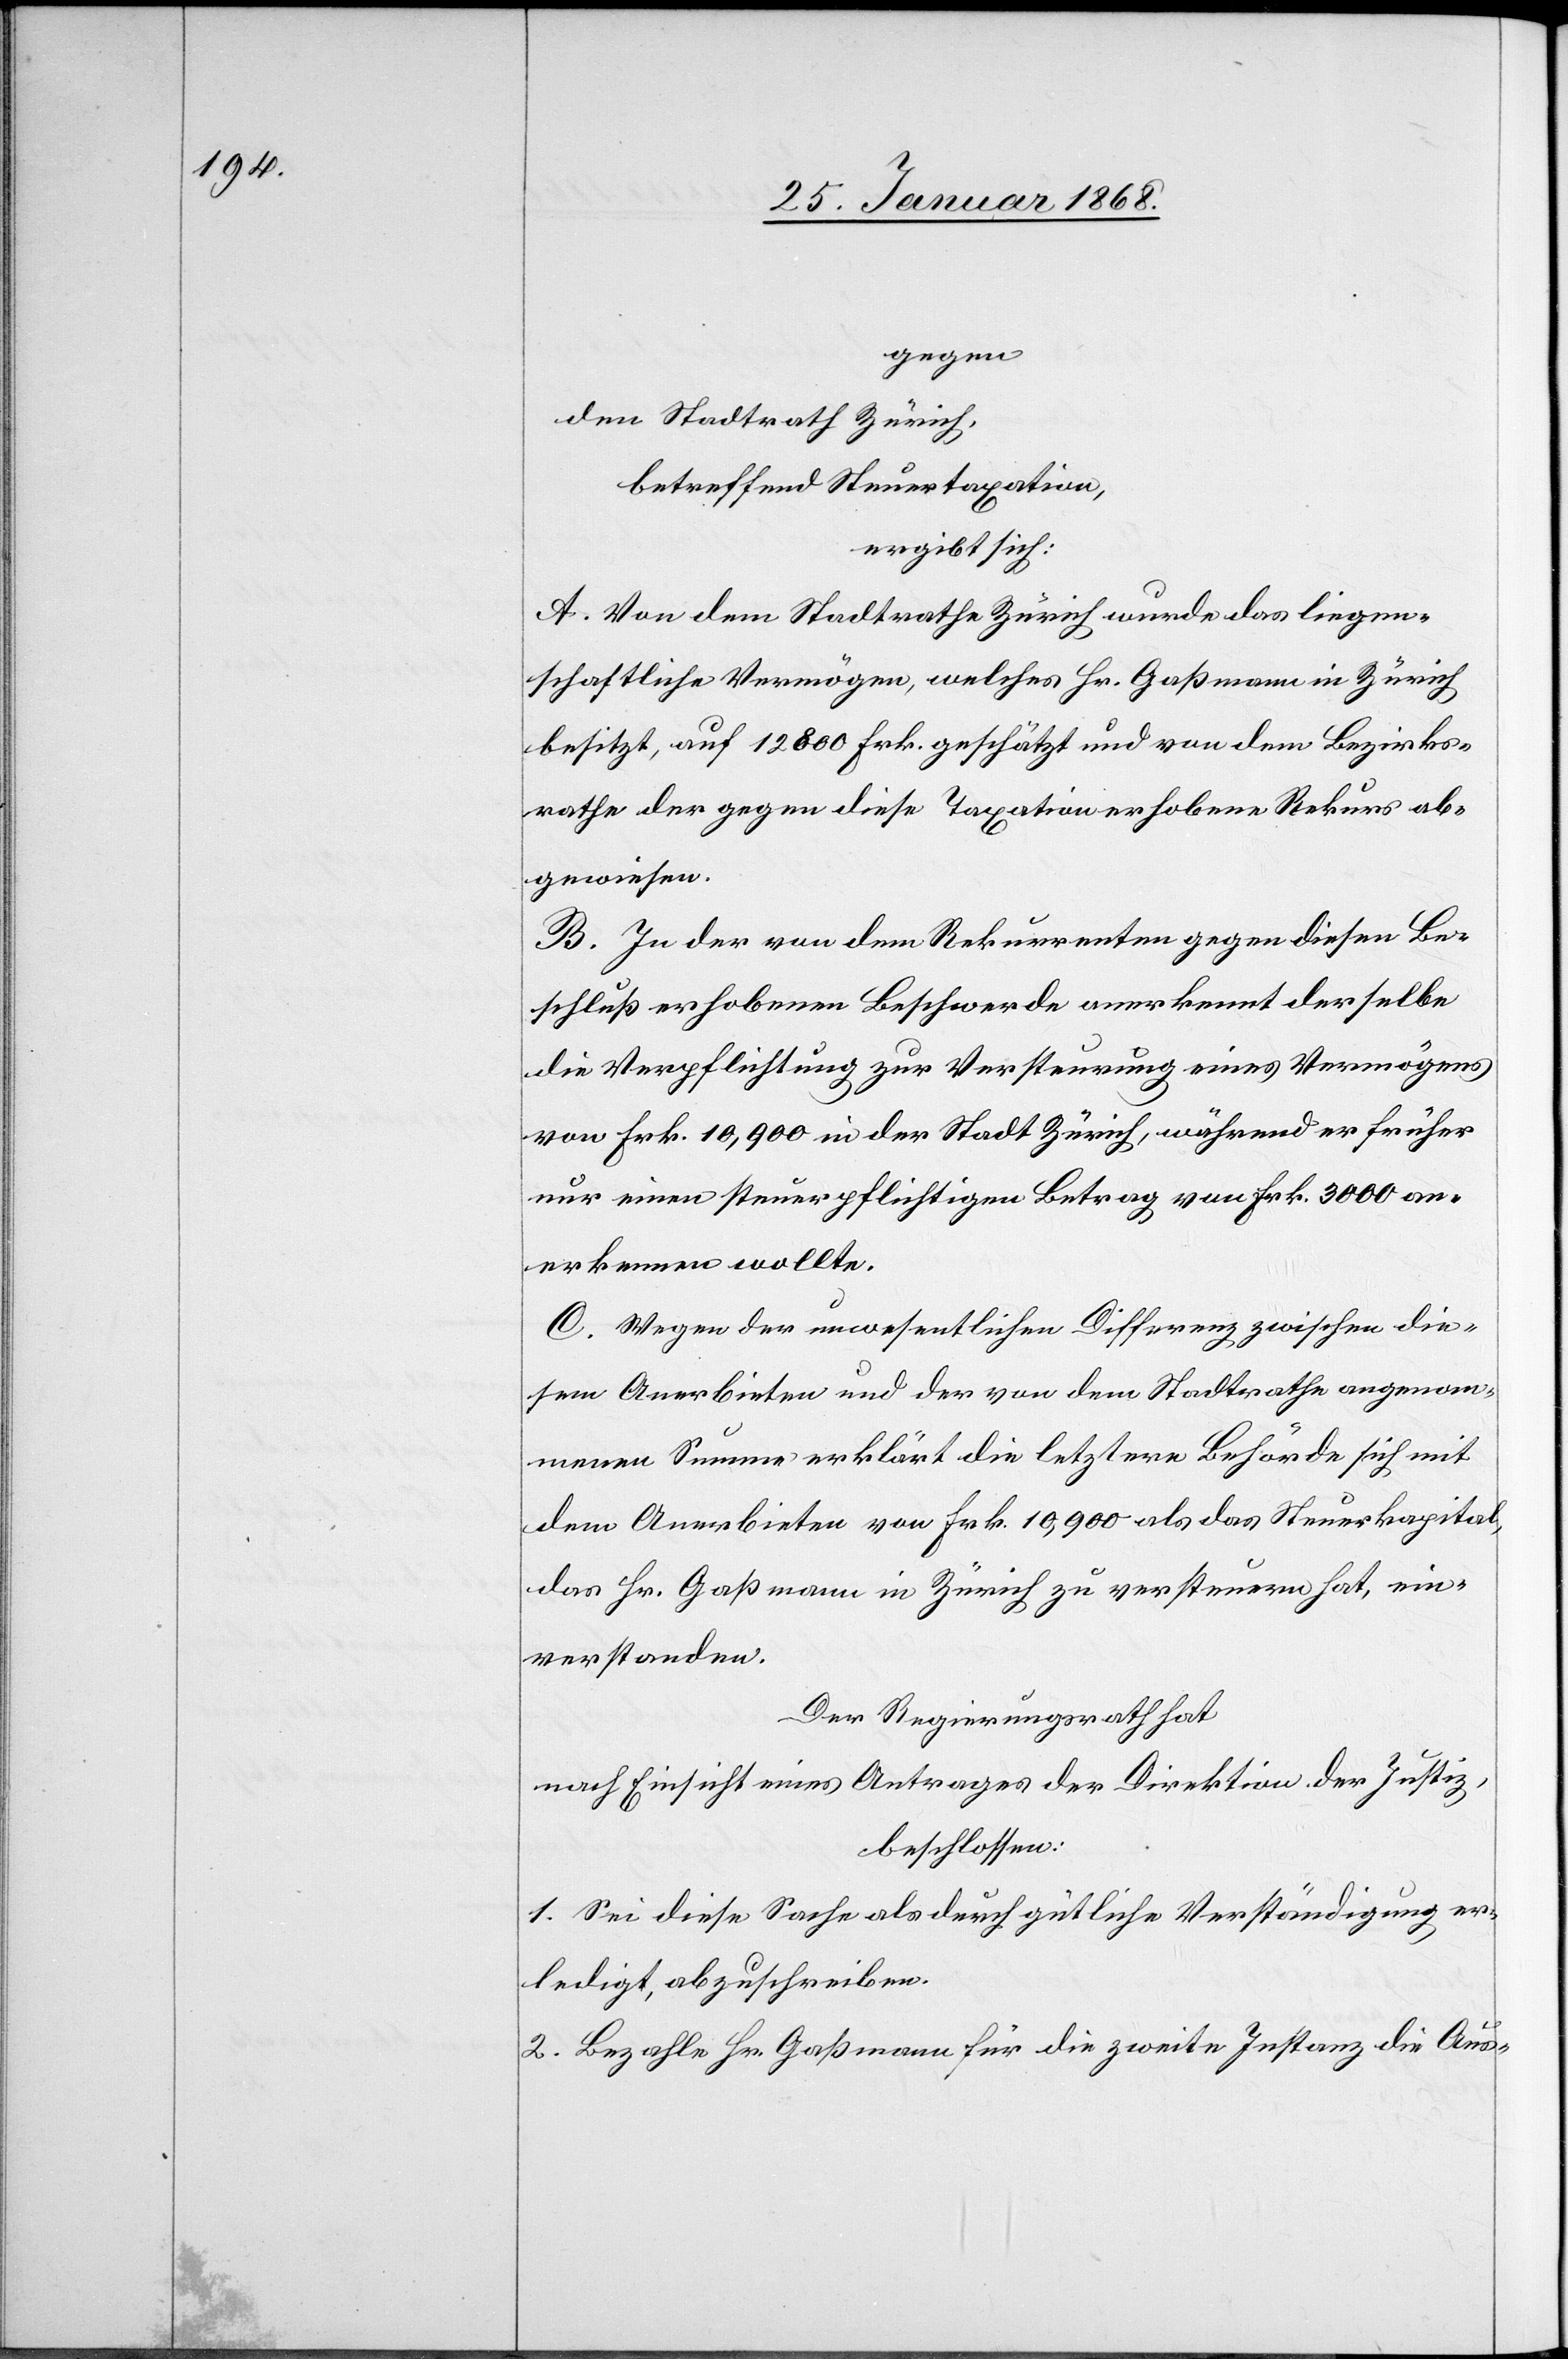
gegen
den Stadtrath Zürich,
betreffend Steuertaxation,
ergibt sich:
A. Von dem Stadtrathe Zürich wurde das liegen¬
schaftliche Vermögen, welches Hr. Gaßmann in Zürich
besitzt, auf 12 800 Frk. geschätzt und von dem Bezirks¬
rathe der gegen diese Taxation erhobene Rekurs ab¬
gewiesen.
B. In der von dem Rekurrenten gegen diesen Be¬
schluß erhobenen Beschwerde anerkennt derselbe
die Verpflichtung zur Versteurung eines Vermögens
von Frk. 10,900 in der Stadt Zürich, während er früher
nur einen steuerpflichtigen Betrag von Frk. 3000 an¬
erkennen wollte.
C. Wegen der unwesentlichen Differenz zwischen die¬
sem Anerbieten und der von dem Stadtrathe angenom¬
menen Summe erklärt die letztere Behörde sich mit
dem Anerbieten von Frk. 10,900 als das Steuerkapital,
das Hr. Gaßmann in Zürich zu versteuern hat, ein¬
verstanden.
Der Regierungsrath hat
nach Einsicht eines Antrages der Direktion der Justiz,
beschlossen:
1. Sei diese Sache als durch gütliche Verständigung er¬
ledigt, abzuschreiben.
2. Bezahle Hr. Gaßmann für die zweite Instanz die Aus-